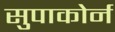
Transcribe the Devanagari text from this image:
सुपाकोर्न